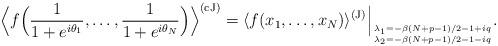
LaTeX: \begin{align*}\Big \langle f \Big ( {1 \over 1 + e^{i \theta_1}}, \dots, {1 \over 1 + e^{i \theta_N}} \Big ) \Big \rangle^{(\rm cJ)} = \langle f(x_1,\dots, x_N) \rangle^{(\rm J)} \Big |_{\lambda_1 = - \beta(N+p-1)/2 - 1 + iq\atop\lambda_2 = - \beta(N+p-1)/2 - 1 - i q }.\end{align*}